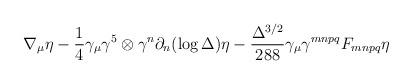
LaTeX: \begin{align*}\nabla_{\mu} \eta - \frac {1}{4} \gamma_{\mu} \gamma^5 \otimes \gamma^{n} \partial_n (\log \Delta) \eta - \frac {\Delta^{3/2}}{288} \gamma_{\mu} \gamma^{mnpq} F_{mnpq} \eta \,\end{align*}